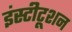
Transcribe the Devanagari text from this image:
इंस्टीटूशन